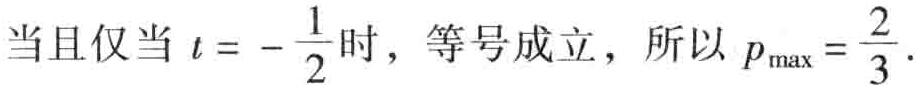
当且仅当 \(t = -\frac{1}{2}\) 时，等号成立，所以 \(p_{\max}=\frac{2}{3}\)